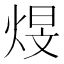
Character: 𪸻